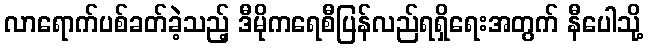
လာရောက်ပစ်ခတ်ခဲ့သည့် ဒီမိုကရေစီပြန်လည်ရရှိရေးအတွက် နီပေါသို့